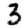
Digit: 3